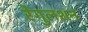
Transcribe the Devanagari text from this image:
रेगुलशन